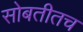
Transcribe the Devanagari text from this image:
सोबतीतच